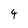
Character: 4